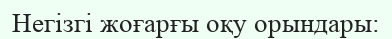
Негізгі жоғарғы оқу орындары: